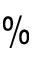
\%